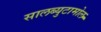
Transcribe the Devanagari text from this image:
सालब्युटामोल